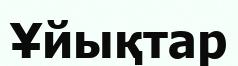
Ұйықтар